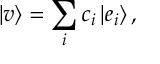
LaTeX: | v \rangle = \sum _ { i } c _ { i } \left| e _ { i } \right\rangle ,